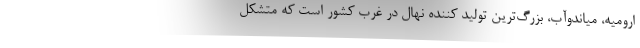
ارومیه، میاندوآب، بزرگ‌ترین تولید کننده نهال در غرب کشور است که متشکل